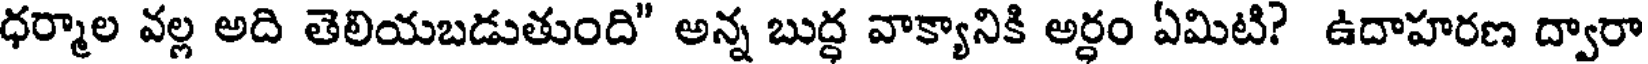
ధర్మాల వల్ల అది తెలియబడుతుంది" అన్న బుద్ధ వాక్యానికి అర్ధం ఏమిటి? ఉదాహరణ ద్వారా